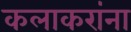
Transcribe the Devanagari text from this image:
कलाकरांना